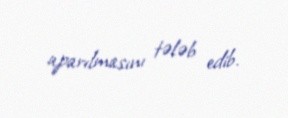
aparılmasını tələb edib.